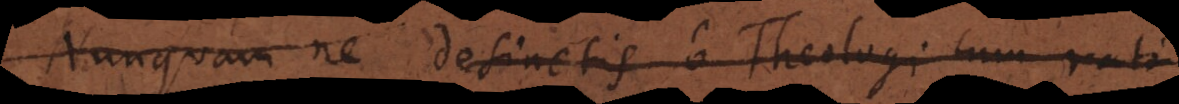
Nunquam ne desinetis o Theologi cum ratione